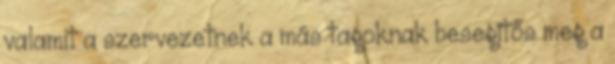
valamit a szervezetnek a más tagoknak besegítős meg a